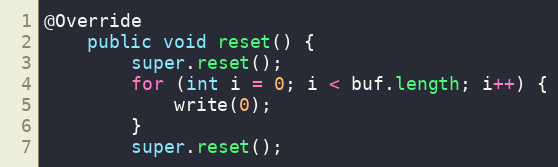
Language: Java
@Override
    public void reset() {
        super.reset();
        for (int i = 0; i < buf.length; i++) {
            write(0);
        }
        super.reset();